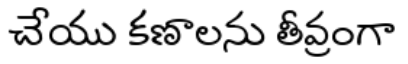
చేయు కణాలను తీవ్రంగా